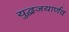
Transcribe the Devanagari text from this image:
युद्धजयार्णव